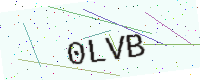
Text: 0LVB